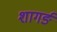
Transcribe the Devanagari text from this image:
शागर्ङ